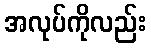
အလုပ်ကိုလည်း